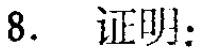
8. 证明：